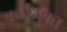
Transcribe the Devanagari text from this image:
कर्जमुक्त